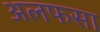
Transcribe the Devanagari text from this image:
अलफसा